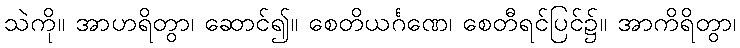
သဲကို။ အာဟရိတွာ၊ ဆောင်၍။ စေတိယင်္ဂဏေ၊ စေတီရင်ပြင်၌။ အာကိရိတွာ၊